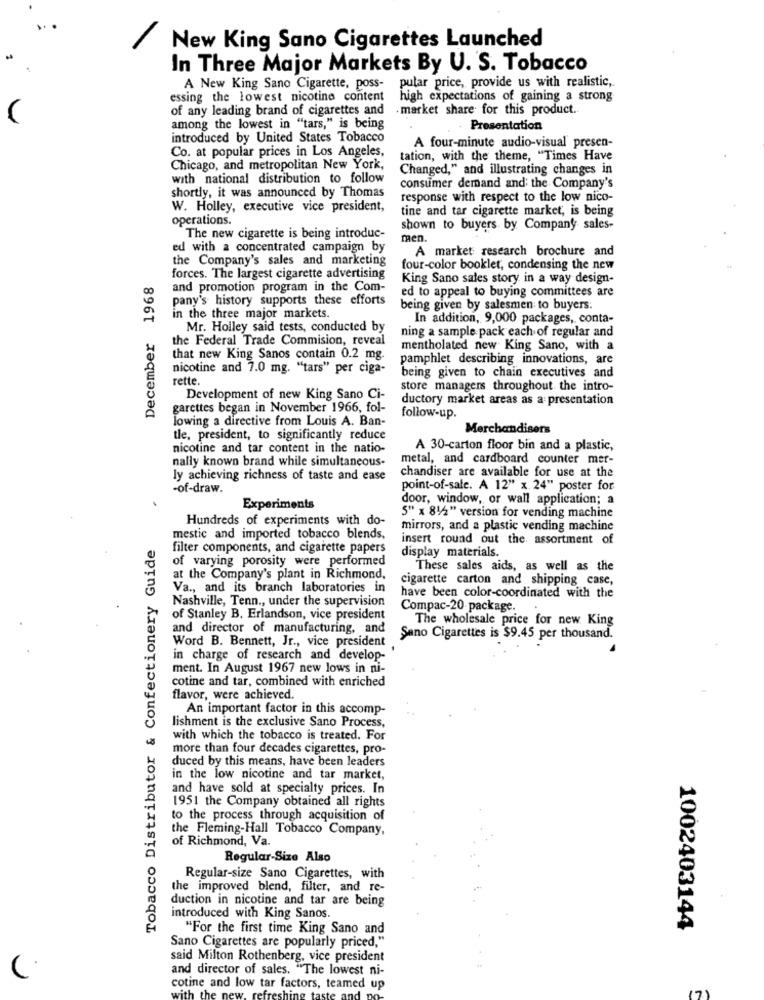
New King Sano Cigarettes Launched
In Three Major Markets By U. S. Tobacco
A New King Sano Cigarette, poss- pular price, provide us with realistic,
essing the lowest nicotine content
high expectations of gaining a strong
of any leading brand of cigarettes and
. market share for this product.
among the lowest in "tars," is being
Presentation
introduced by United States Tobacco
Co. at popular prices in Los Angeles,
A four-minute audio-visual presen-
tation, with the theme, "Times Have
Chicago, and metropolitan New York,
Changed," and illustrating changes in
with national distribution to follow
shortly, it was announced by Thomas
consumer demand and the Company's
response with respect to the low nico-
W. Holley, executive vice president,
tine and tar cigarette market, is being
operations.
shown to buyers by Company sales-
The new cigarette is being introduc-
men.
ed with a concentrated campaign by
A market research brochure and
the Company's sales and marketing
four-color booklet, condensing the new
December 1968
forces. The largest cigarette advertising
King Sano sales story in a way design-
and promotion program in the Com-
ed to appeal to buying committees are
pany's history supports these efforts
being given by salesmen to buyers:
in the three major markets.
In addition, 9,000 packages, conta-
Mr. Holley said tests, conducted by
ning a sample pack each of regular and
the Federal Trade Commision, reveal
mentholated new King Sano, with a
that new King Sanos contain 0.2 mg.
pamphlet describing innovations, are
nicotine and 7.0 mg. "tars" per ciga-
being given to chain executives and
rette.
store managers throughout the intro-
Development of new King Sano Ci-
ductory market areas as a presentation
garettes began in November 1966, fol-
lowing a directive from Louis A. Ban-
follow-up.
Merchandisers
tle, president, to significantly reduce
nicotine and tar content in the natio-
A 30-carton floor bin and a plastic,
metal, and cardboard counter mer-
nally known brand while simultaneous-
ly achieving richness of taste and ease
chandiser are available for use at the
-of-draw.
point-of-sale. A 12" x 24" poster for
door, window, or wall application; a
Experiments
Hundreds of experiments with do-
5" x 81/2" version for vending machine
mirrors, and a plastic vending machine
Tobacco Distributor & Confectionery Guide
mestic and imported tobacco blends,
insert round out the assortment of
filter components, and cigarette papers
display materials.
of varying porosity were performed
These sales aids, as well as the
at the Company's plant in Richmond,
cigarette carton and shipping case,
Va ., and its branch laboratories in
Nashville, Tenn ., under the supervision
have been color-coordinated with the
Compac-20 package.
of Stanley B. Erlandson, vice president
The wholesale price for new King
and director of manufacturing, and
Word B. Bennett, Jr ., vice president
Sano Cigarettes is $9.45 per thousand.
in charge of research and develop-
ment. In August 1967 new lows in ni-
cotine and tar, combined with enriched
flavor, were achieved
An important factor in this accomp-
lishment is the exclusive Sano Process,
with which the tobacco is treated. For
more than four decades cigarettes, pro-
duced by this means, have been leaders
in the low nicotine and tar market,
and have sold at specialty prices. In
1951 the Company obtained all rights
to the process through acquisition of
the Fleming-Hall Tobacco Company,
of Richmond, Va.
Regular-Size Also
Regular-size Sano Cigarettes, with
the improved blend, filter, and re-
duction in nicotine and tar are being
introduced with King Sanos
"For the first time King Sano and
1002403144
Sano Cigarettes are popularly priced,"
said Milton Rothenberg, vice president
and director of sales. "The lowest ni-
cotine and low tar factors, teamed up
171